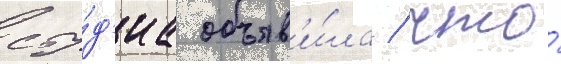
сту́д'иа объяв'и́ла / что́